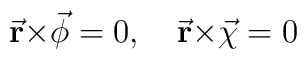
{\bf \vec r} {\bf \times} \vec {\bf \phi}  =  0, \quad {\bf \vec r} {\bf\times} \vec {\bf \chi} = 0